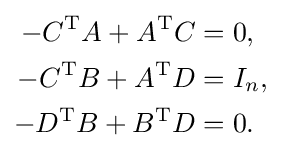
{\begin{aligned}-C^{\mathrm {T} }A+A^{\mathrm {T} }C&=0,\\-C^{\mathrm {T} }B+A^{\mathrm {T} }D&=I_{n},\\-D^{\mathrm {T} }B+B^{\mathrm {T} }D&=0.\end{aligned}}